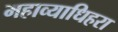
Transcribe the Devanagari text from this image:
महाव्याधिहरा